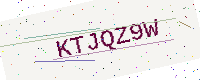
Text: KTJQZ9W